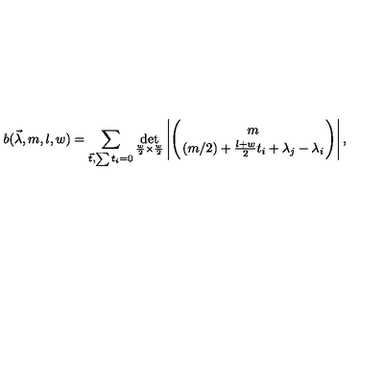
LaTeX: b ( \vec { \lambda } , m , l , w ) = \sum _ { \vec { t } , \sum t _ { i } = 0 } \det _ { \frac { w } { 2 } \times \frac { w } { 2 } } \left| \Biggl ( { m \atop ( m / 2 ) + \frac { l + w } { 2 } t _ { i } + \lambda _ { j } - \lambda _ { i } } \Biggr ) \right| ,